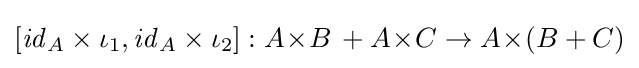
[{\mathit {id}}_{A}\times \iota _{1},{\mathit {id}}_{A}\times \iota _{2}]:A\!\times \!B\,+A\!\times \!C\to A\!\times \!(B+C)